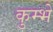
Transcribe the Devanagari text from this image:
कुम्भे